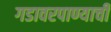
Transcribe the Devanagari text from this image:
गडावरपाण्याची